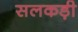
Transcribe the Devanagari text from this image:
सलकड़ी